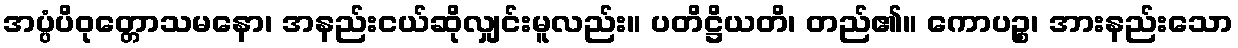
အပ္ပံပိဝုတ္တောသမနော၊ အနည်းငယ်ဆိုလျှင်းမူလည်း။ ပတိဋ္ဌိယတိ၊ တည်၏။ ကောပဉ္စ၊ အားနည်းသော